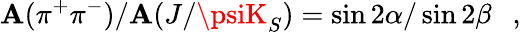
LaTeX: \mathbf{A}(\pi^{+}\pi^{-})/\mathbf{A}(J/\psiK_{S})=\sin2\alpha/\sin2\beta~~~,